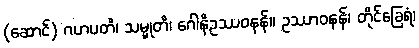
(ဆောင်) ဂဟပတိ၊ သမ္မုတိ၊ ဂေါနိဥဿဝနန်။ ဥဿာဝနန်၊ တိုင်ခြေရံ၊